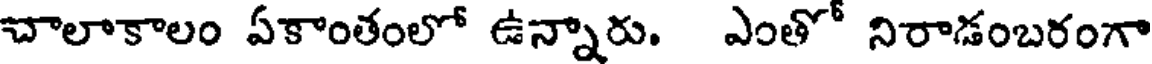
చాలాకాలం ఏకాంతంలో ఉన్నారు. ఎంతో నిరాడంబరంగా